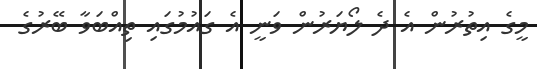
މީގެ އިތުރުން އެ ދެ ލޯޔަރުން ވަނީ އެ ގައުމުގައި ތިއްބަވާ ބޭރުގެ